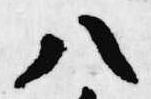
八